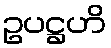
ဥပဋ္ဌဟိ